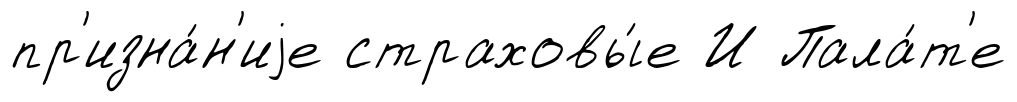
пр'изна́н'иjе страховы́е И Пала́т'е